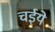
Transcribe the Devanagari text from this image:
चईये